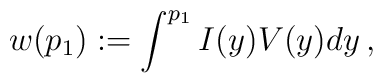
w(p_1):=\int^{p_1}I(y)V(y)dy\,,